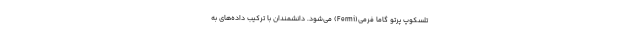
تلسکوپ پرتو گاما فرمی(Fermi) می‌شود. دانشمندان با ترکیب داده‌های به